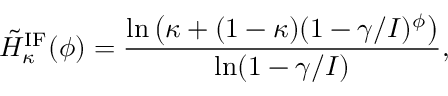
\tilde { H } _ { \kappa } ^ { \mathrm { I F } } ( \phi ) = \frac { \ln \left( \kappa + ( 1 - \kappa ) ( 1 - \gamma / I ) ^ { \phi } \right) } { \ln ( 1 - \gamma / I ) } ,